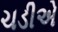
ચડીએ